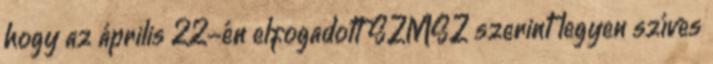
hogy az április 22-én elfogadott SZMSZ szerint legyen szíves